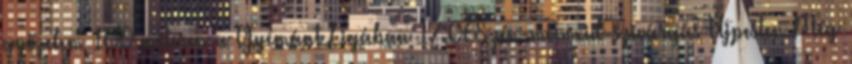
győzelem 100 méteren a Gyémánt Ligában 17:06Szén-monoxid-szivárgás Újpesten Még